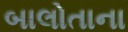
બાલોતાના